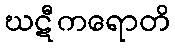
ဃဋီကရောတိ